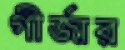
গীর্জার